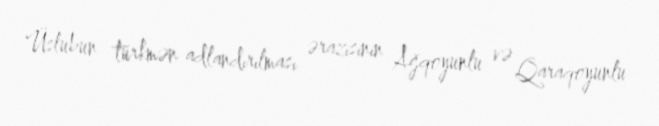
Üslubun türkmən adlandırılması ərazisinin Ağqoyunlu və Qaraqoyunlu